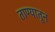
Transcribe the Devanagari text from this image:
ताण्यातून